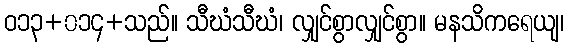
ဝ၁၃+၀၁၄+သည်။ သီဃံသီဃံ၊ လျှင်စွာလျှင်စွာ။ မနသိကရေယျ၊